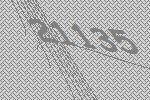
21135